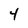
Character: 4